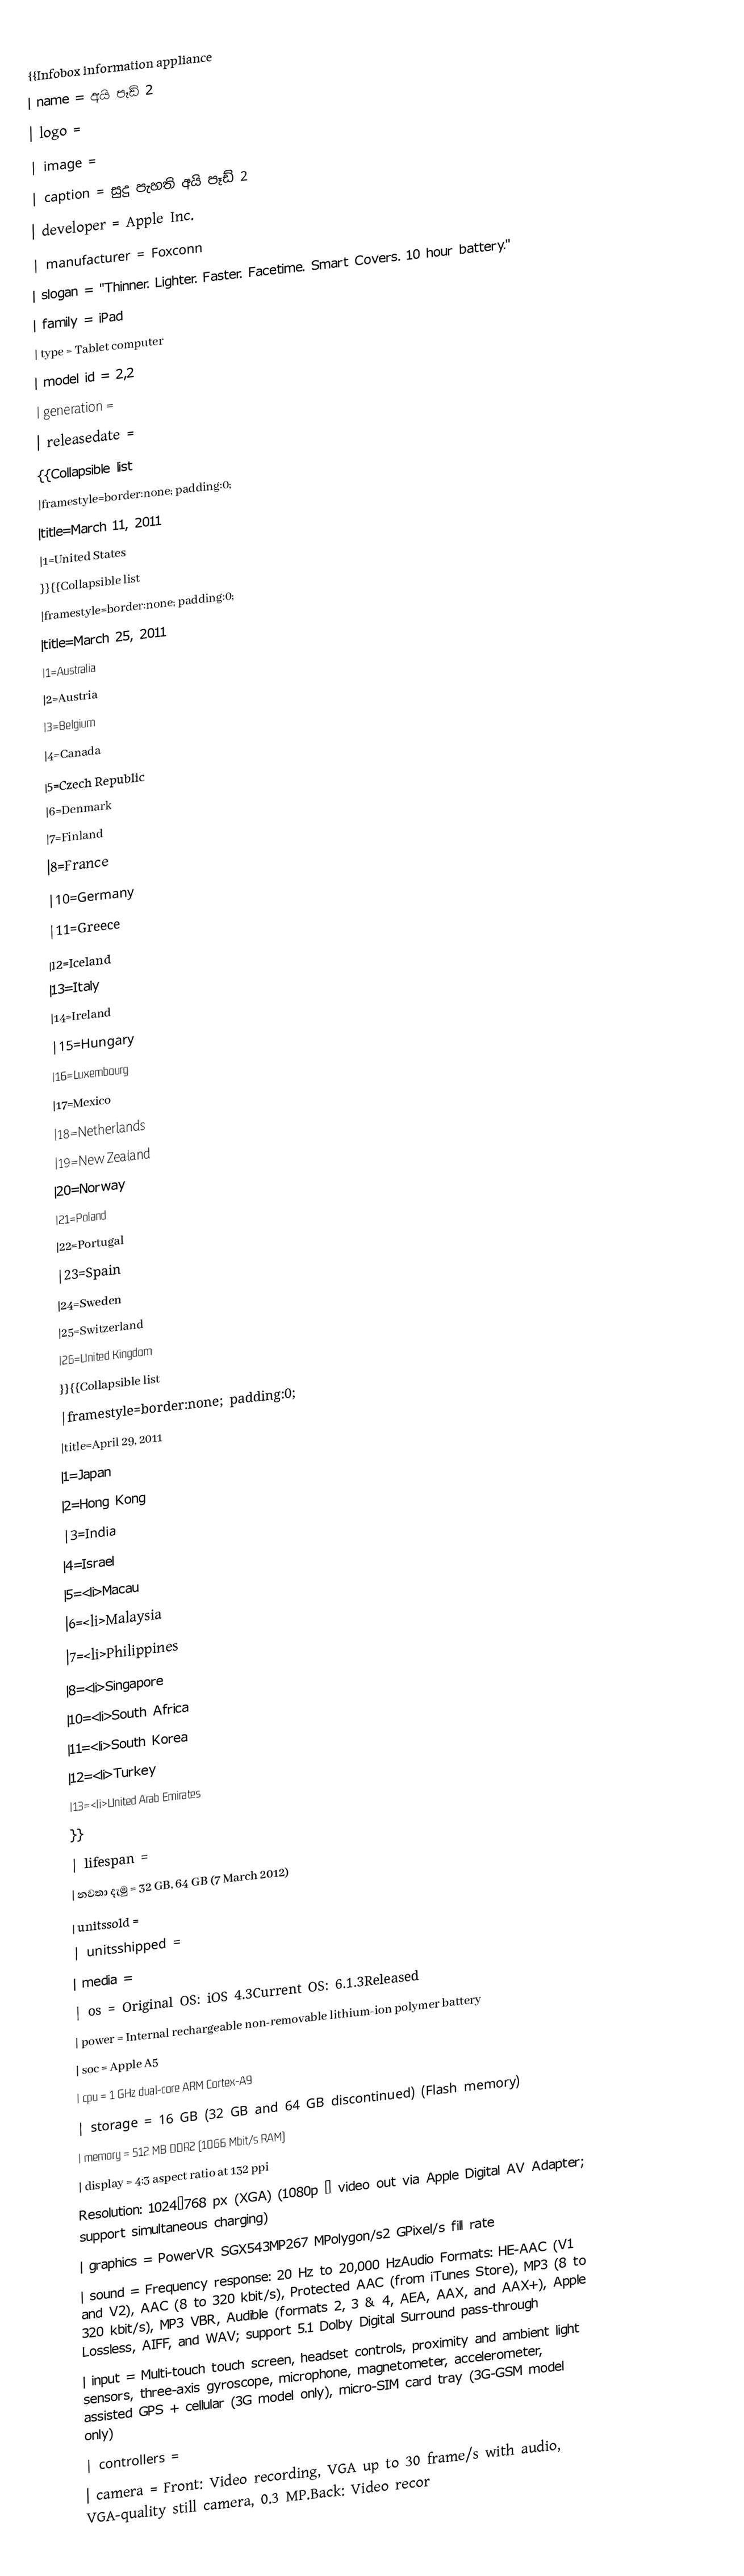
{{Infobox information appliance
| name = අයි පෑඩ් 2
| logo =
| image =
| caption =  සුදු පැහති අයි පෑඩ් 2
| developer = Apple Inc.
| manufacturer = Foxconn
| slogan = "Thinner. Lighter. Faster. Facetime. Smart Covers. 10 hour battery."
| family = iPad
| type = Tablet computer
| model id = 2,2
| generation =
| releasedate =
{{Collapsible list
 |framestyle=border:none; padding:0;
 |title=March 11, 2011
 |1=United States
}}{{Collapsible list
 |framestyle=border:none; padding:0;
 |title=March 25, 2011
 |1=Australia
 |2=Austria
 |3=Belgium
 |4=Canada
 |5=Czech Republic
 |6=Denmark
 |7=Finland
 |8=France
 |10=Germany
 |11=Greece
 |12=Iceland
 |13=Italy
 |14=Ireland
 |15=Hungary
 |16=Luxembourg
 |17=Mexico
 |18=Netherlands
 |19=New Zealand
 |20=Norway
 |21=Poland
 |22=Portugal
 |23=Spain
 |24=Sweden
 |25=Switzerland
 |26=United Kingdom
}}{{Collapsible list
|framestyle=border:none; padding:0;
 |title=April 29, 2011
 |1=Japan
 |2=Hong Kong
 |3=India
 |4=Israel
 |5=<li>Macau
 |6=<li>Malaysia
 |7=<li>Philippines
 |8=<li>Singapore
 |10=<li>South Africa
 |11=<li>South Korea
 |12=<li>Turkey
 |13=<li>United Arab Emirates
}}
| lifespan =
| නවතා දැමු  = 32 GB, 64 GB (7 March 2012)
| unitssold =
| unitsshipped =
| media =
| os = Original OS: iOS 4.3Current OS: 6.1.3Released
| power = Internal rechargeable non-removable  lithium-ion polymer battery
| soc = Apple A5
| cpu = 1 GHz dual-core ARM Cortex-A9
| storage = 16 GB (32 GB and 64 GB discontinued) (Flash memory)
| memory = 512 MB DDR2 (1066 Mbit/s RAM)
| display =  4:3 aspect ratio at 132 ppi
Resolution: 1024×768 px (XGA) (1080p – video out via Apple Digital AV Adapter; support simultaneous charging)
| graphics = PowerVR SGX543MP267 MPolygon/s2 GPixel/s fill rate
| sound = Frequency response: 20 Hz to 20,000 HzAudio Formats: HE-AAC (V1 and V2), AAC (8 to 320 kbit/s), Protected AAC (from iTunes Store), MP3 (8 to 320 kbit/s), MP3 VBR, Audible (formats 2, 3 & 4, AEA, AAX, and AAX+), Apple Lossless, AIFF, and WAV; support 5.1 Dolby Digital Surround pass-through
| input = Multi-touch touch screen, headset controls, proximity and ambient light sensors, three-axis gyroscope, microphone, magnetometer, accelerometer, assisted GPS + cellular (3G model only), micro-SIM card tray (3G-GSM model only)
| controllers =
| camera = Front: Video recording, VGA up to 30 frame/s with audio, VGA-quality still camera, 0.3 MP.Back: Video recor